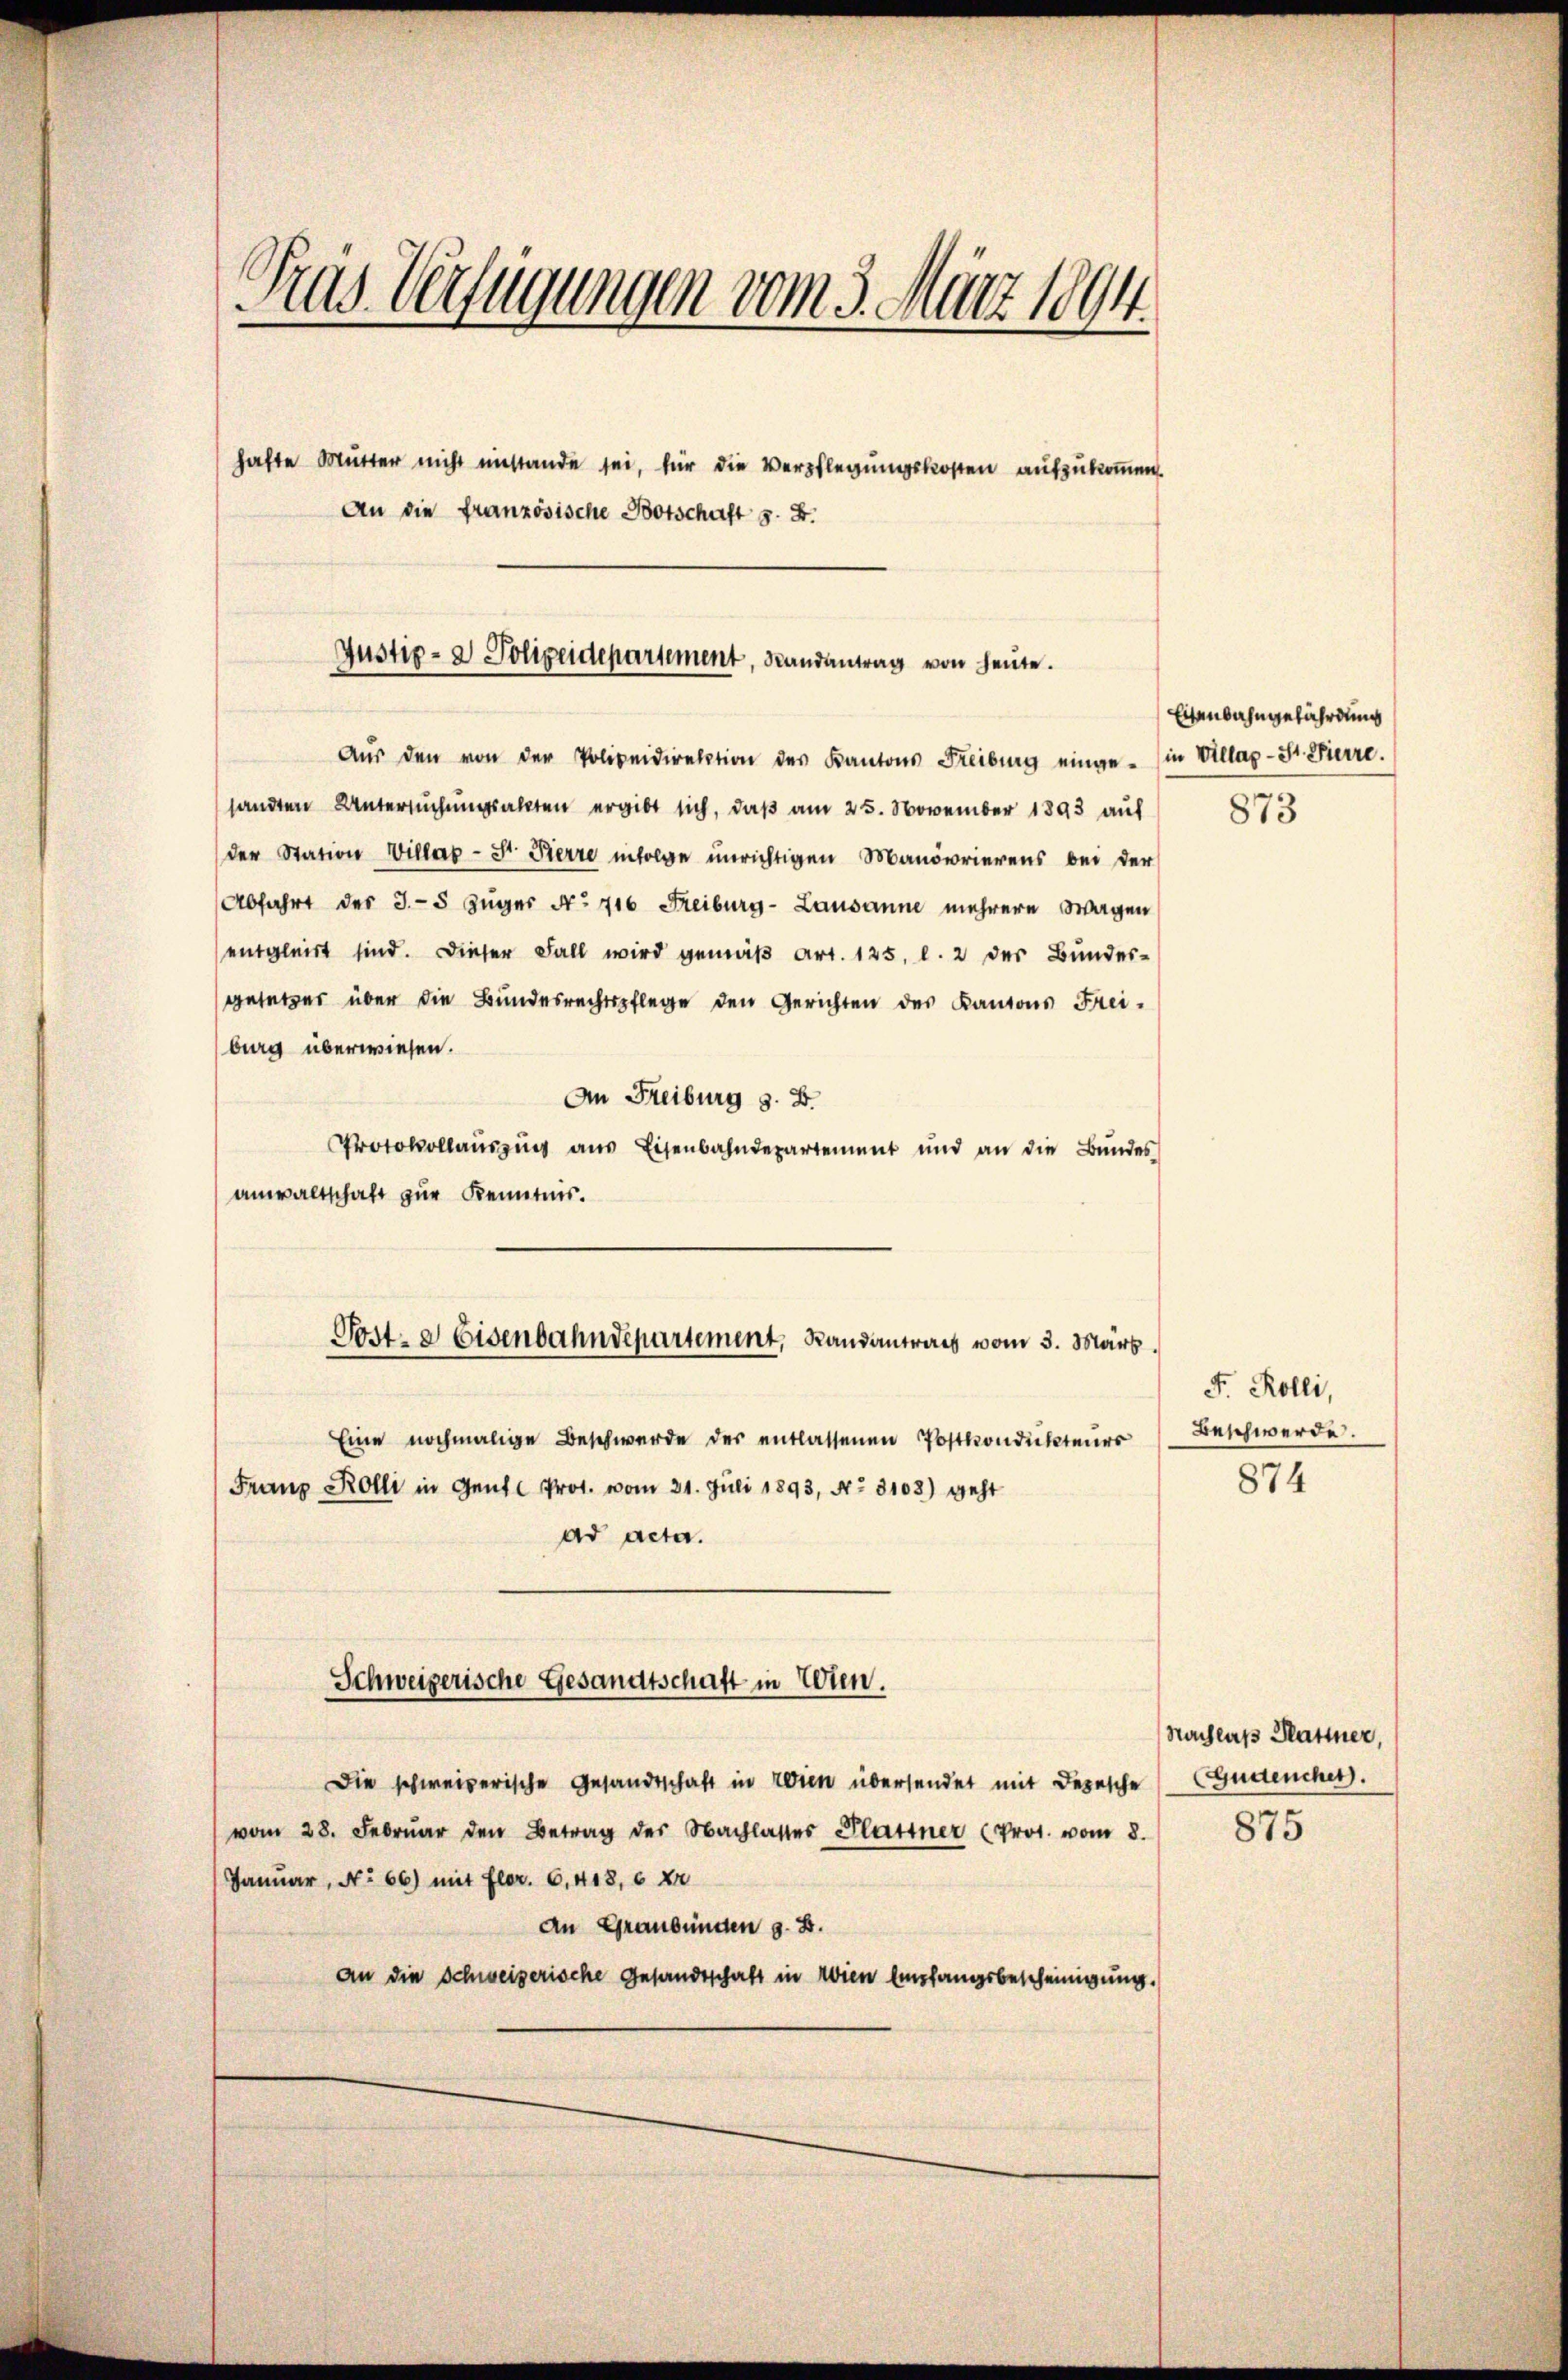
Tras Verfügungen vom 3. März 1894.
hafte Mutter nicht imstande sei, für die Verpflegungskosten aufzukommen.
An die französische Botschaft z. B.

Justiz- & Polizeidepartement, Randantrag von heute.

Aŭs den von der Polizeidirektion des Kantons Freiburg einge- in Villag-St. Pierre.
sandten Untersuchungsakten ergibt sich, daß am 25. November 1893 auf
der Station Villas- St. Pierre infolge unrichtigen Manövrierens bei der
Abfahrt des J.-5 Juger No 716 Freiburg-Lausanne mehrere Wagen
engleich sind. Dieser Fall wird gemäß Art. 125. l. 2 der Bundes-
gesetzer über die Bundesrechtspflege den Gerichten des Kantons Freiburg überwiesen.
An Freiburg z. B.
Protokollauszug aus Eisenbahndepartement und an die Bundes
anwaltschaft zur Kenntnis.
Eine nochmalige Beschwerde der entlassenen Postkondukteŭer Beschwerde.
Franz Rolli in Gent Prot. vom 31. Juli 1893, No. 3108) geht
ad acta.
Schweizerische Gesandtschaft in Wien.
Die schweizerische Gesandtschaft in Wien übersendet mit Depesche Gustenches.
vom 28. Febrŭar den Betrag der Nachlasses Plattner (Prot. vom 8.
Januar, No 66) mit Flor. 6. 418, 6 Xr
An Graubünden z. B.
an die Schweizerische Gesandtschaft in Wien Empfangsbescheinigung.

Post- & Eisenbahndepartement, Randantrags vom 3. März.

Eisenbahngefährdung

873

F. Rolli,

874

Nachlaß Plattner,

875